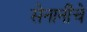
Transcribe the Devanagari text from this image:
सेनानींचे